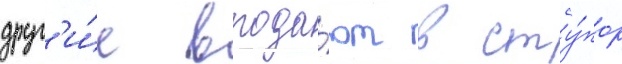
друг'и́е впада́ют в сту́пор